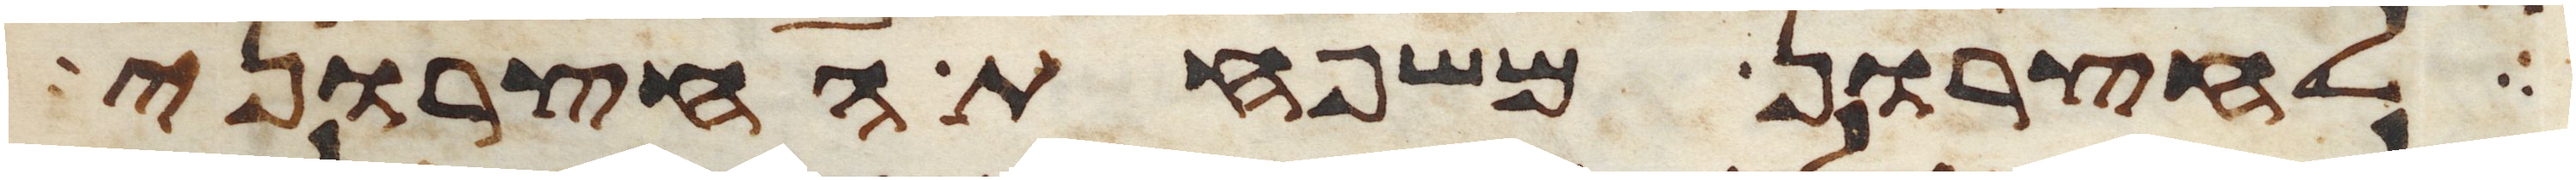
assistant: לחצרון משפחת החצרוני